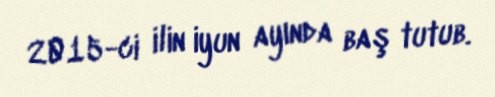
2015-ci ilin iyun ayında baş tutub.